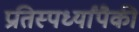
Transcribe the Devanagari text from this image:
प्रतिस्पर्ध्यांपैकी